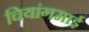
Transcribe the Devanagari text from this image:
चियांगमाई